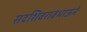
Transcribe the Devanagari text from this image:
सदशिवरावभाऊने